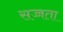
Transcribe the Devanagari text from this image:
सज्जता